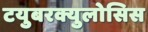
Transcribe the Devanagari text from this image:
टयुबरक्युलोसिस